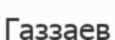
Газзаев